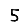
Digit: 5